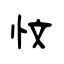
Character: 忟